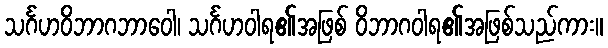
သင်္ဂဟဝိဘာဂဘာဝေါ၊ သင်္ဂဟဝါရ၏အဖြစ် ဝိဘာဂဝါရ၏အဖြစ်သည်ကား။